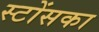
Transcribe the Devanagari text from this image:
स्टोंसका